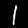
Digit: 1